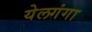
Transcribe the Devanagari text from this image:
येलगंगा